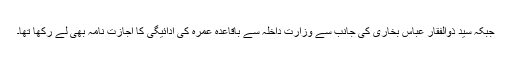
جبکہ سید ذوالفقار عباس بخاری کی جانب سے وزارت داخلہ سے باقاعدہ عمرہ کی ادائیگی کا اجازت نامہ بھی لے رکھا تھا۔